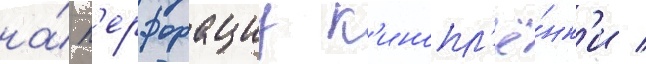
на́ п'ерфорациу к'инопл'ё́нк'и /